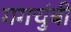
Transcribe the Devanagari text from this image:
गगचुंबी